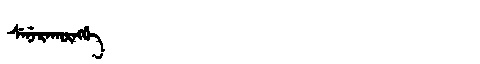
Manchu: ᠰᡝᠨᡝᡵᠠᡴᡡᠩᡤᡝ
Romanization: SENERAKŪNGGE